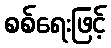
စစ်ရေးဖြင့်